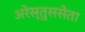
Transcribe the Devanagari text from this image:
अरेस्तुससेता